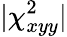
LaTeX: \lvert\chi_{xyy}^{2}\rvert